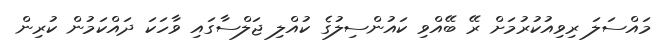
މައްސަލަ ރިވިއުކުރުމަށް ރޭ ބޭއްވި ކައުންސިލުގެ ކުއްލި ޖަލްސާގައި ވާހަކަ ދައްކަމުން ކުރިން